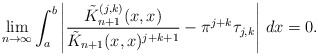
\begin{align*} \lim_{n\rightarrow \infty }\int_a^b\left|\frac{\tilde{K}_{n+1}^{(j,k)}(x,x)}{\tilde{K}_{n+1}(x,x)^{j+k+1}} - \pi^{j+k}\tau _{j,k}\right|\,dx = 0.\end{align*}